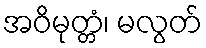
အဝိမုတ္တံ၊ မလွတ်